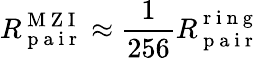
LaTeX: R_{\mathrm{~p~a~i~r~}}^{\mathrm{~M~Z~I~}}\approx\frac{1}{256}R_{\mathrm{~p~a~i~r~}}^{\mathrm{~r~i~n~g~}}